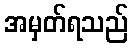
အမှတ်ရသည်